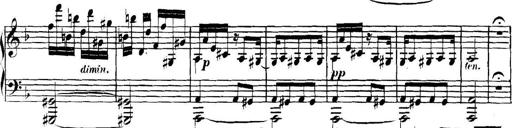
Title: Collected Piano Sonatas
Composer: Muzio Clementi